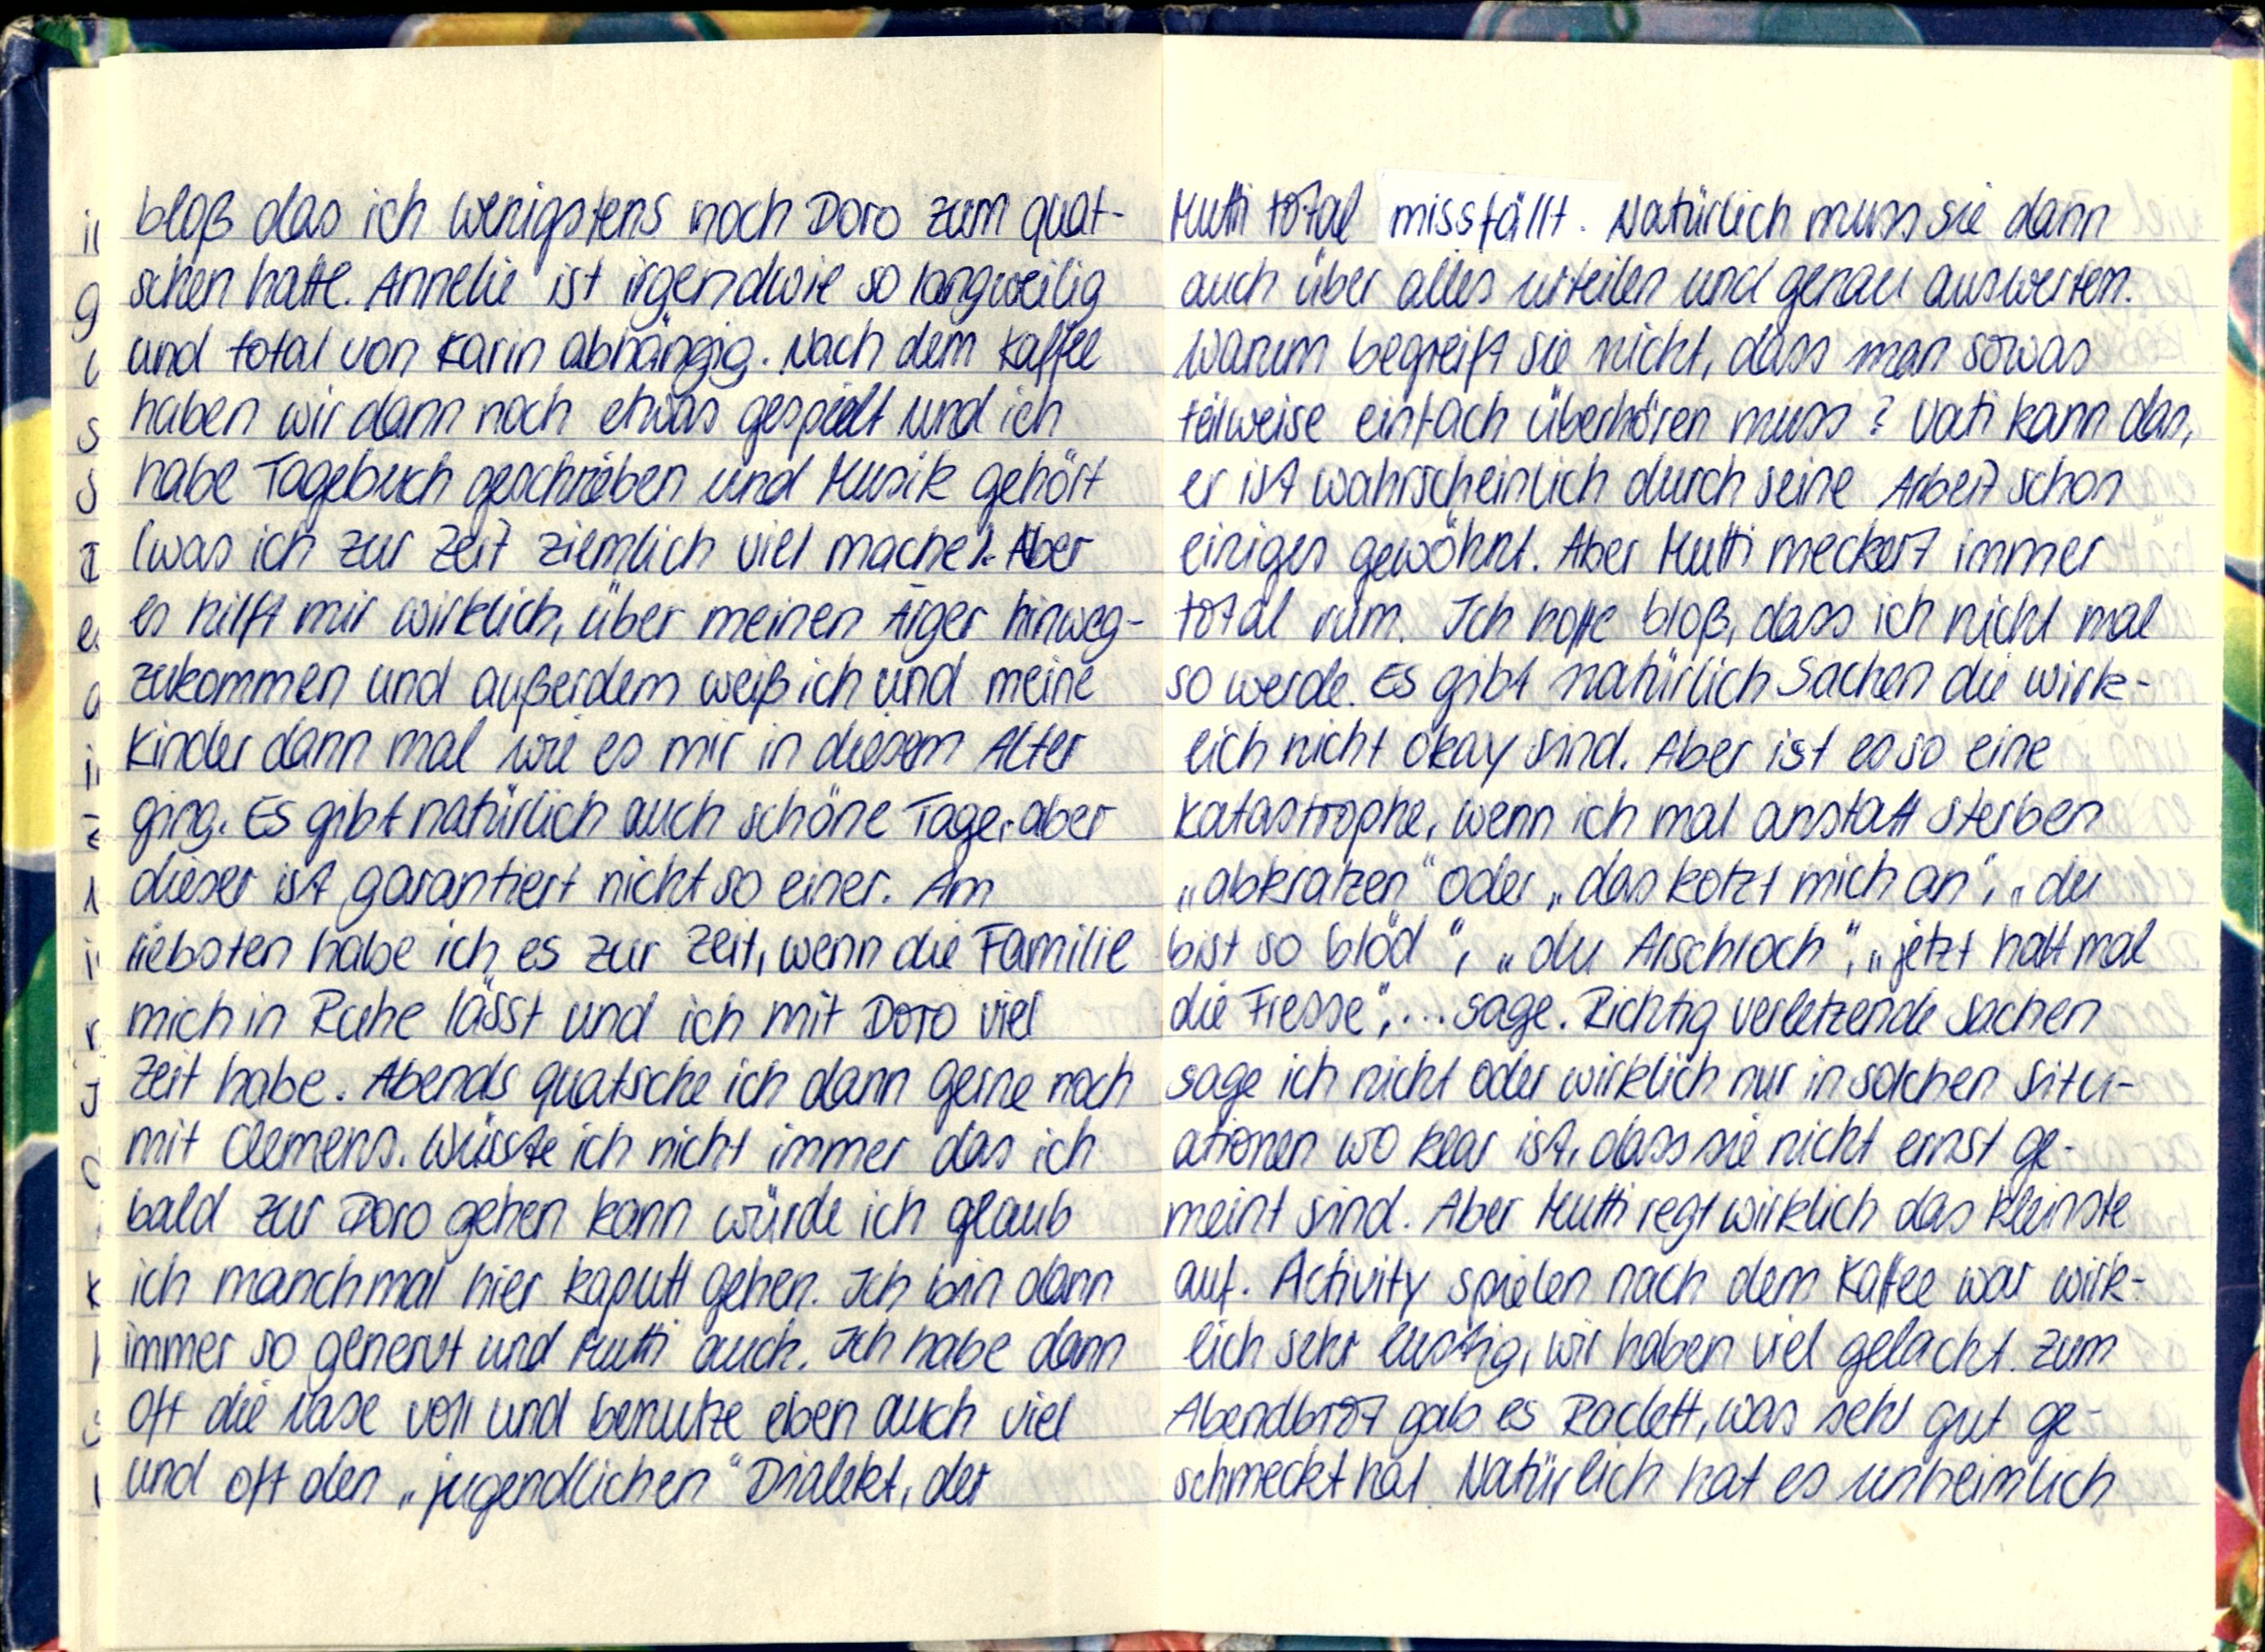
bloß das ich wenigstens noch Doro zum quat-
schen hatte. Annelie ist irgendwie so langweilig
und total von Karin abhängig. Nach dem Kaffee
haben wir dann noch etwas gespielt und ich
habe Tagebuch geschrieben und Musik gehört
(was ich zur Zeit ziemlich viel mache). Aber
es hilft mir wirklich, über meinen Ärger hinweg-
zukommen und außerdem weiß ich und meine
Kinder dann mal wie es mir in diesem Alter
ging. Es gibt natürlich auch schöne Tage, aber
dieser ist garantiert nicht so einer. Am
liebsten habe ich es zur Zeit, wenn die Familie
mich in Ruhe lässt und ich mit Doro viel
Zeit habe. Abends quatsche ich dann gerne noch
mit Clemens. Wüsste ich nicht immer das ich
bald zur Doro gehen kann würde ich glaub
ich manchmal hier kaputt gehen. Ich bin dann
immer so genervt und Mutti auch. Ich habe dann
oft die Nase voll und benutze eben auch viel
und oft den „jugendlichen" Dialekt, der

Mutti total missfällt. Natürlich muss sie dann
auch über alles urteilen und genau auswerten.
Warum begreift sie nicht, dass man sowas
teilweise einfach überhören muss? Vati kann das,
er ist wahrscheinlich durch seine Arbeit schon
einiges gewöhnt. Aber Mutti meckert immer
total rum. Ich hoffe bloß, dass ich nicht mal
so werde. Es gibt natürlich Sachen die wirk-
lich nicht okay sind. Aber ist es so eine
Katastrophe, wenn ich mal anstatt sterben
„abkratzen" oder „das kotzt mich an", „du
bist so blöd", „du Arschloch", „jetzt halt mal
die Fresse",... sage. Richtig verletzende Sachen
sage ich nicht oder wirklich nur in solchen Situ-
ationen wo klar ist, dass sie nicht ernst ge-
meint sind. Aber Mutti regt wirklich das kleinste
auf. Activity spielen nach dem Kaffee war wirk-
lich sehr lustig, wir haben viel gelacht. Zum
Abendbrot gab es Raclett, was sehr gut ge-
schmeckt hat. Natürlich hat es unheimlich